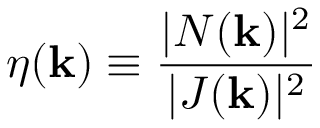
\eta ( \mathbf { k } ) \equiv \frac { | N ( \mathbf { k } ) | ^ { 2 } } { | J ( \mathbf { k } ) | ^ { 2 } }